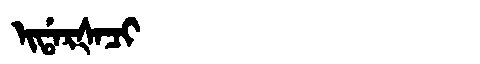
Manchu: ᡳᡩᠠᡵᡧᠠᠴᡳ
Romanization: IDARŠACI